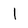
Character: l